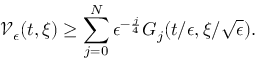
\mathcal { V } _ { \epsilon } ( t , \xi ) \geq \sum _ { j = 0 } ^ { N } \epsilon ^ { - \frac { j } { 4 } } G _ { j } ( t / \epsilon , \xi / \sqrt { \epsilon } ) .